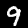
Digit: 9